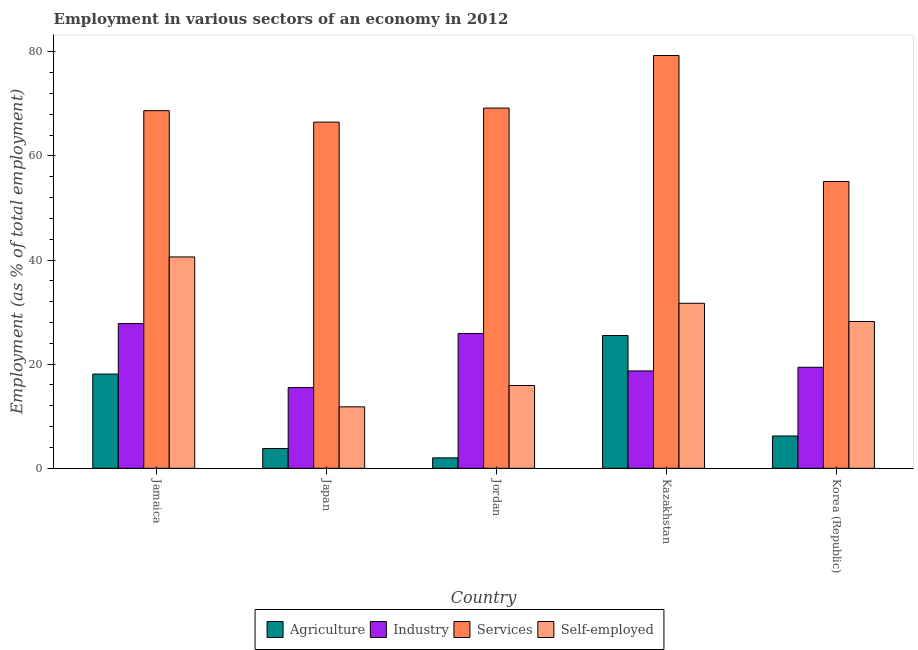
| Country | Agriculture | Industry | Services | Self-employed |
 | --- | --- | --- | --- | --- |
 | Jamaica | 18.1 | 27.8 | 68.7 | 40.6 |
 | Japan | 3.8 | 15.5 | 66.5 | 11.8 |
 | Jordan | 2 | 25.9 | 69.2 | 15.9 |
 | Kazakhstan | 25.5 | 18.7 | 79.3 | 31.7 |
 | Korea (Republic) | 6.2 | 19.4 | 55.1 | 28.2 |